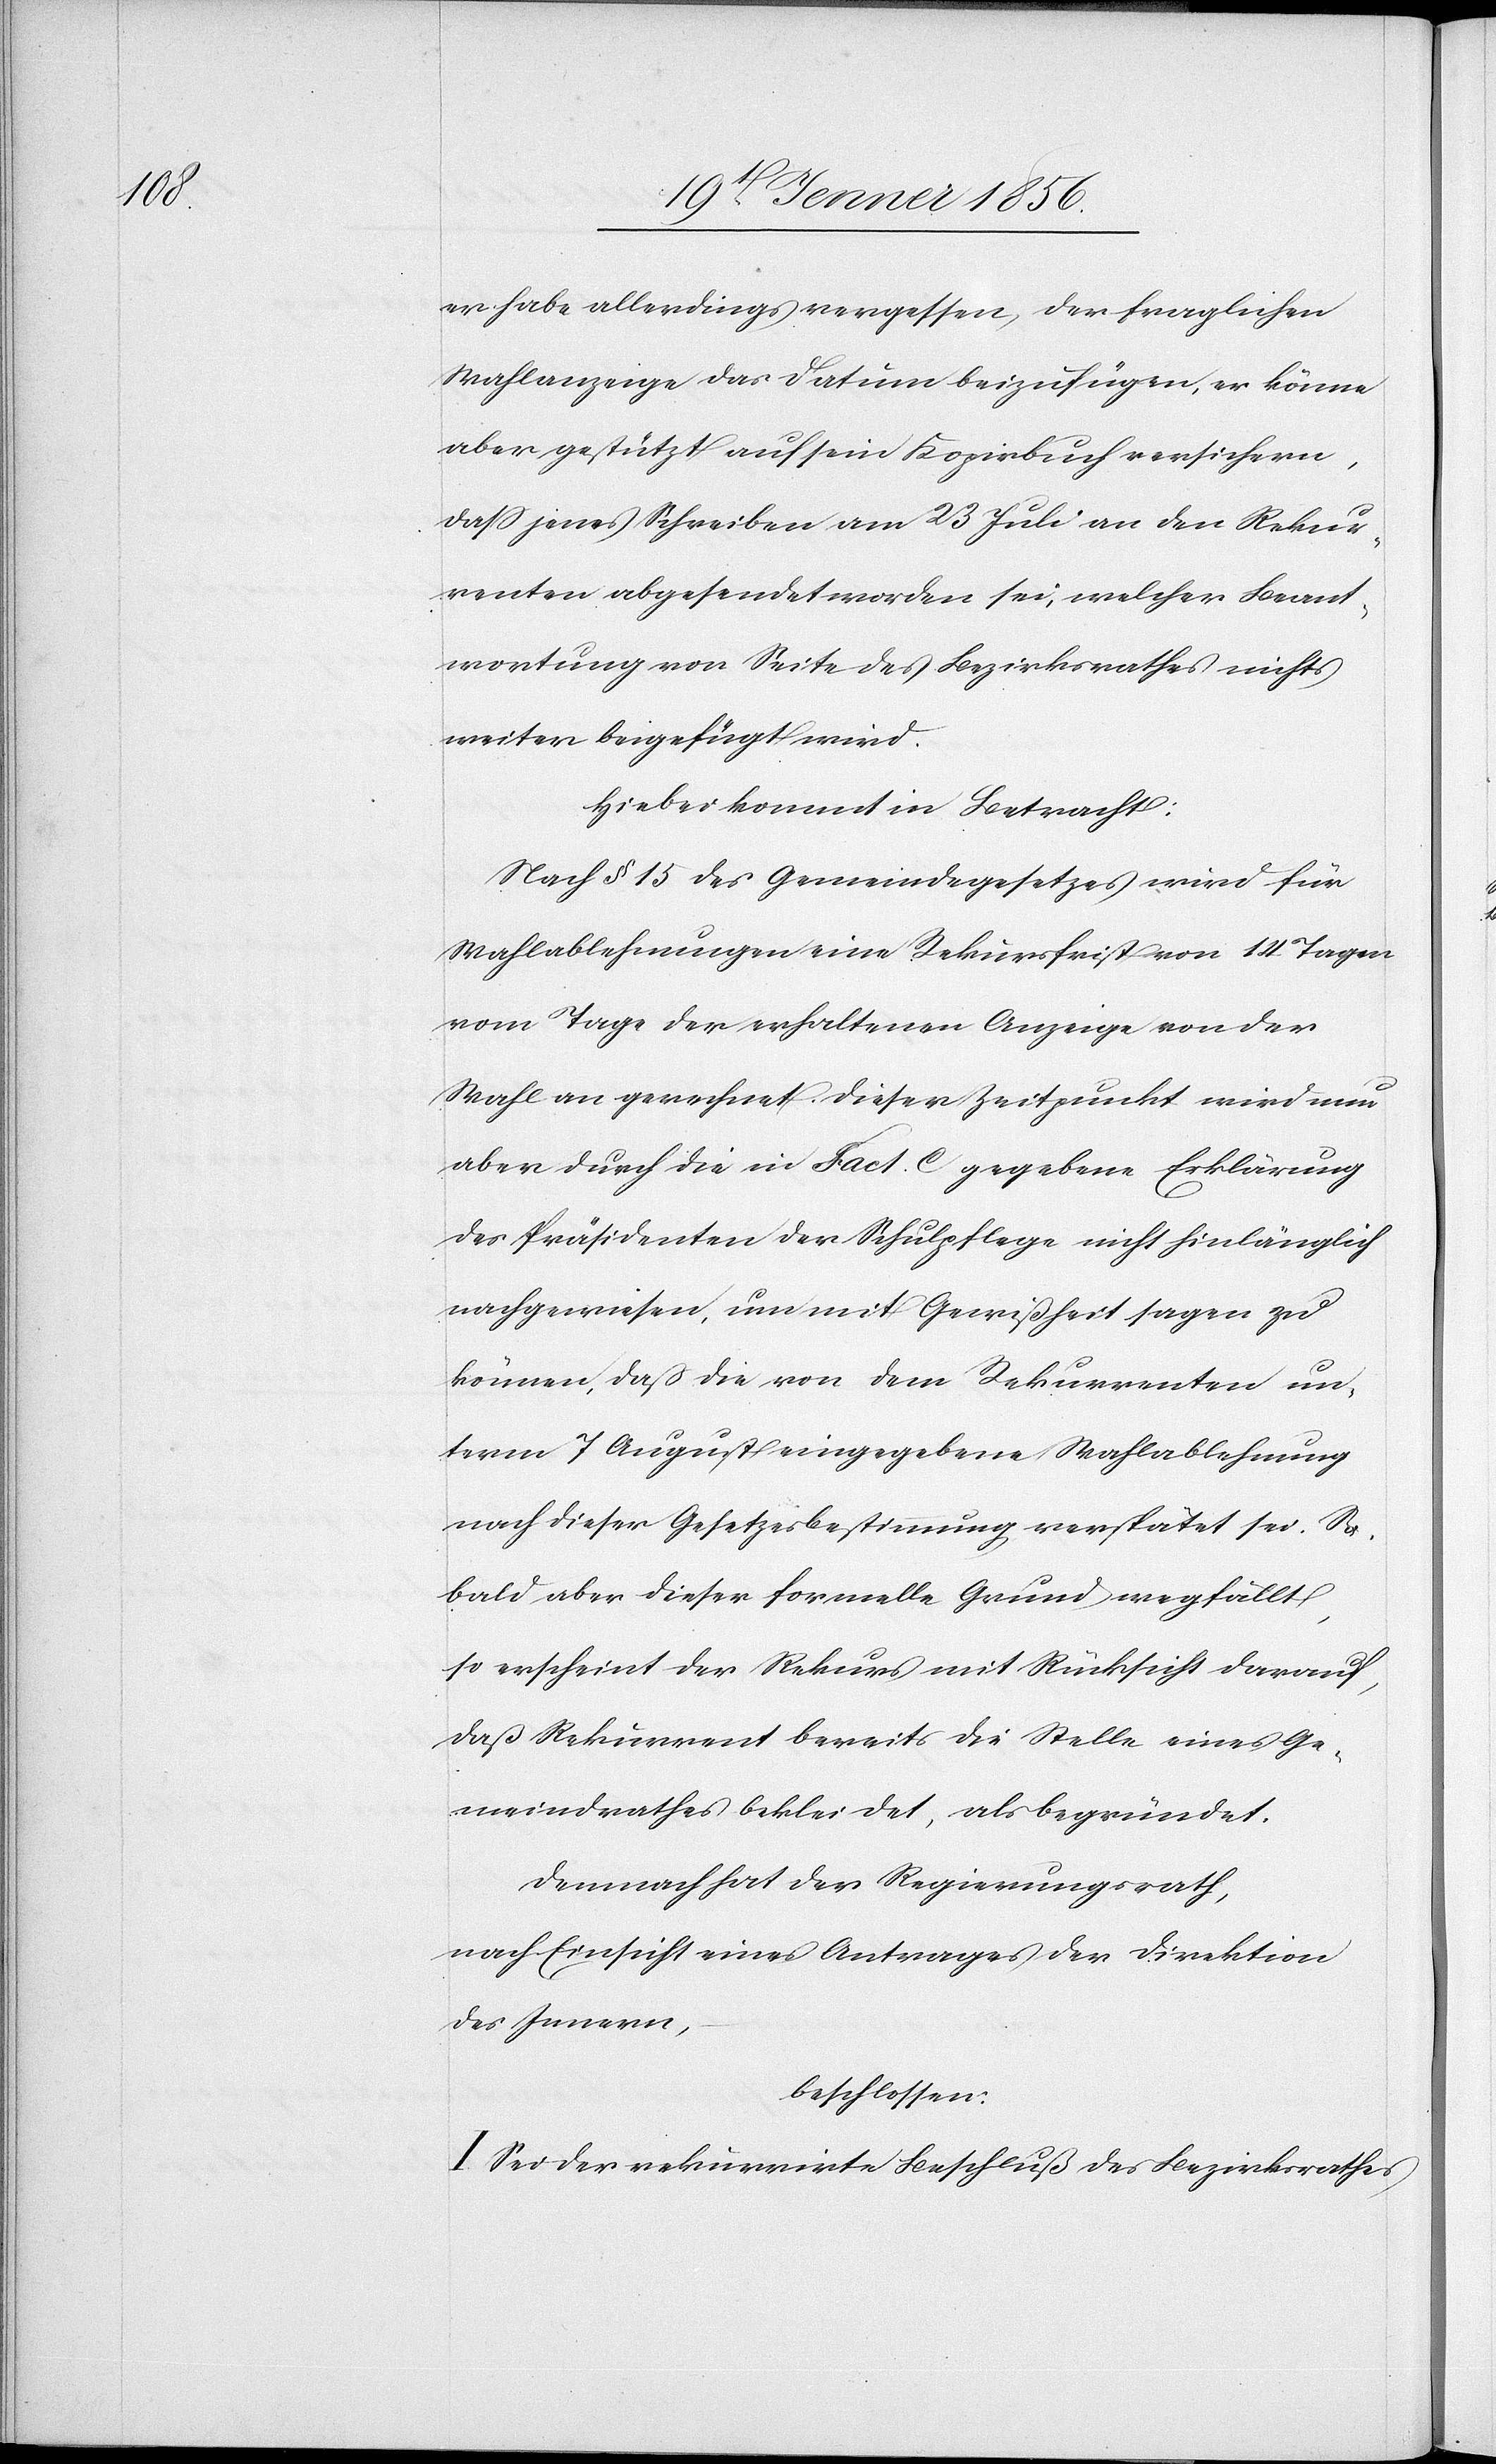
er habe allerdings vergessen, der fraglichen
Wahlanzeige das Datum beizufügen, er könne
aber gestützt auf sein Kopirbuch versichern,
daß jenes Schreiben am 23 Juli an den Rekur¬
renten abgesendet worden sei, welcher Beant¬
wortung von Seite des Bezirksrathes nichts
weiter beigefügt wird.
Hiebei kommt in Betracht:
Nach § 15 des Gemeindegesetzes wird für
Wahlablehnungen eine Rekursfrist von 14 Tagen
vom Tage der erhaltenen Anzeige von der
Wahl an gerechnet. Dieser Zeitpunkt wird nun
aber durch die in Fact. c gegebene Erklärung
des Präsidenten der Schulpflege nicht hinlänglich
nachgewiesen, um mit Gewißheit sagen zu
können, daß die von dem Rekurrenten un¬
term 7 August eingegebene Wahlablehnung
nach dieser Gesetzesbestimmung verspätet sei. So¬
bald aber dieser formelle Grund wegfällt,
so erscheint der Rekurs mit Rücksicht darauf,
daß Rekurrent bereits die Stelle eines Ge¬
meindrathes bekleidet, als begründet.
Demnach hat der Regierungsrath,
nach Einsicht eines Antrages der Direktion
des Innern,
beschlossen:
I. Sei der rekurrirte Beschluß des Bezirksrathes